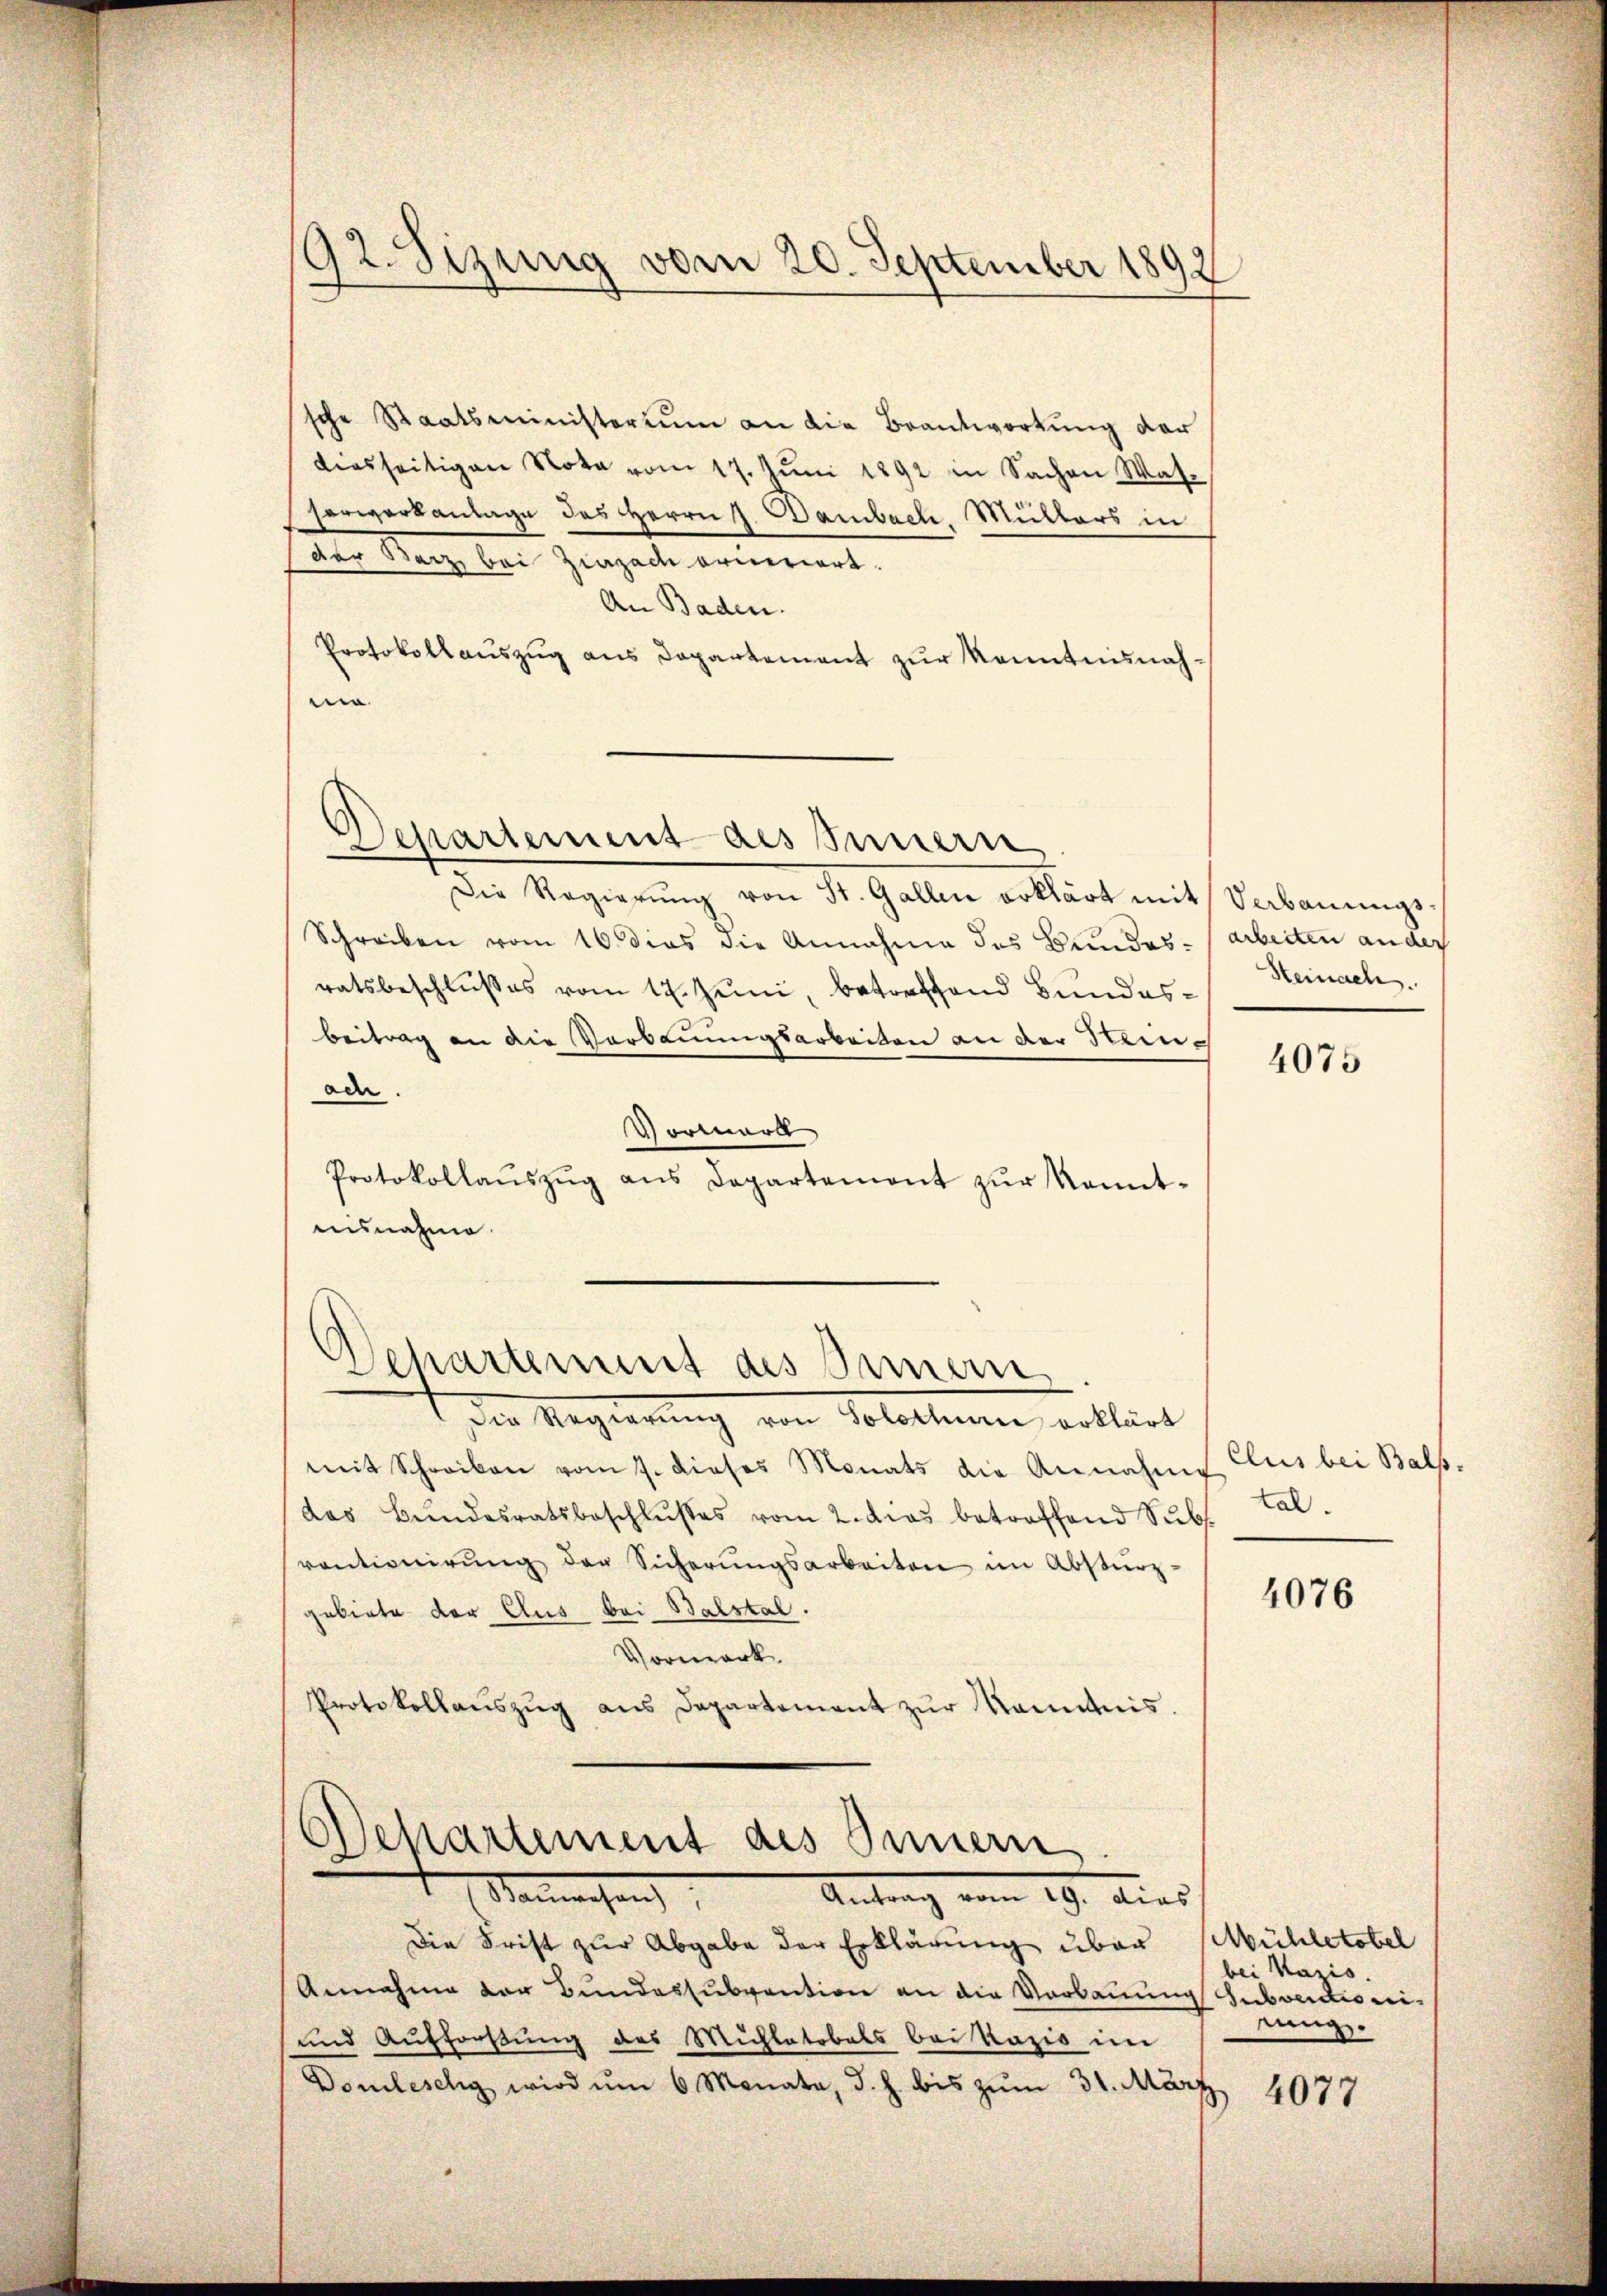
92. Sizung vom 20. September 1892

sche Staatsministerium an die Beantwortung der
diesseitigen Nota vom 17. Juni 1891 in Sachen Wasserwerkanlage des Herrn J. Bambach, Müllers in
der Barz, bei Ziazach erneriert.
An Baden.
Protokollauszug aus Departement zur Kenntnisnahe
Departement des Innern
Die Regierŭng von St. Gallen erklärt mit Verbaŭŭngs-
Schreiben vom 16. dies die Annahme des Bundes-Arbeiten an der
ratsbeschlußes vom 17. Juni, betreffend Bundes¬
Beitrag an die Verkennungsarbeiten an der Reinc
ode.
Vormark
Protokollaŭszŭg ans Departement zŭr Kennt-
asnahme.

Departement des Semen

1 die Machterung von Solotten erblieb
mit Schreiben vom 7. dieses Monats die Annahme
das Bŭndesratsbeschlŭsses vom 2. dies betroffend Sŭb.
ventionirŭng der Sicherŭngsarbeiten im Abstürz-
jebiete der Aus bei Balstal.
Vormark
Protokollaŭszŭg aŭs Departement zŭr Kenntnis.

Departement des Innern.
Maiwachung
Antrag vom 19. dies

Steinach.

4075

Clus bei Bals.
tal.

Die Frist zur Abgabe der Erklärung über Mühletobel
Annahme der Bundessubvention an die Verbauung suboedioni¬
und Aufforstung des Michlatobels bei Razis im und
Domleschy wird um 6 Monata, d. h. bis zum 31. März

4076

bei Kazis.

4077